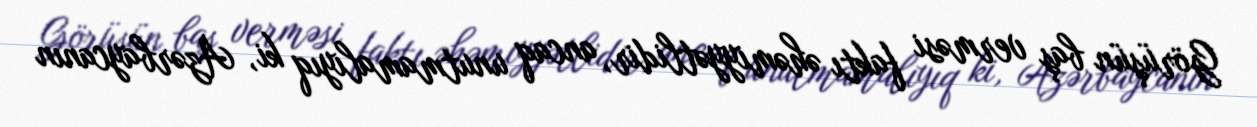
Görüşün baş verməsi faktı əhəmiyyətlidir, ancaq unutmamalıyıq ki, Azərbaycanın